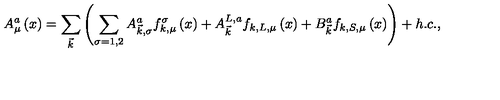
A _ { \mu } ^ { a } \left( x \right) = \sum _ { \vec { k } } \left( \sum _ { \sigma = 1 , 2 } A _ { \vec { k } , \sigma } ^ { a } f _ { k , \mu } ^ { \sigma } \left( x \right) + A _ { \vec { k } } ^ { L , a } f _ { k , L , \mu } \left( x \right) + B _ { \vec { k } } ^ { a } f _ { k , S , \mu } \left( x \right) \right) + h . c . ,